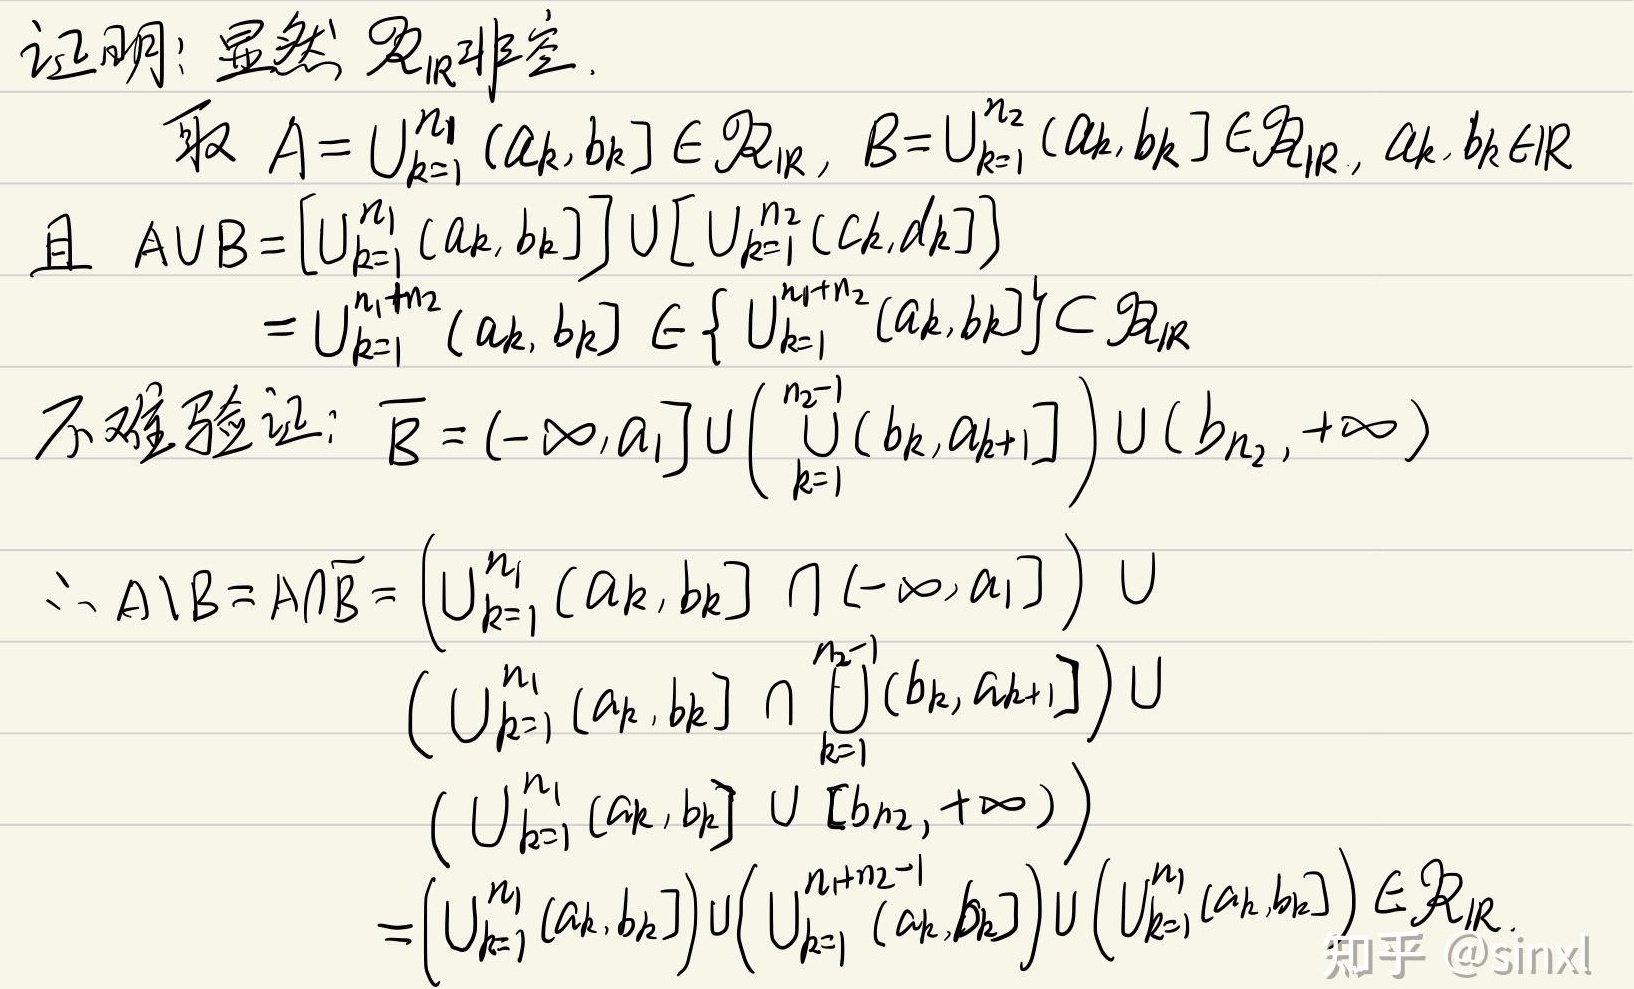
证明：显然\(\mathcal{R}_{\mathbb{R}}\)非空。取\(A = \bigcup_{k = 1}^{n_1} (a_k,b_k] \in \mathcal{R}_{\mathbb{R}}\)，\(B=\bigcup_{k = 1}^{n_2} (a_k,b_k] \in \mathcal{R}_{\mathbb{R}}\)，\(a_k,b_k \in \mathbb{R}\)且
\[
\begin{align*}
A\cup B&=\left[\bigcup_{k = 1}^{n_1} (a_k,b_k]\right]\cup\left[\bigcup_{k = 1}^{n_2} (c_k,d_k]\right]\\
&=\bigcup_{k = 1}^{n_1 + n_2} (a_k,b_k] \in \left\{\bigcup_{k = 1}^{n_1 + n_2} (a_k,b_k]\right\} \subset \mathcal{R}_{\mathbb{R}}
\end{align*}
\]
不难验证：\(\overline{B}=(-\infty,a_1]\cup\left(\bigcup_{k = 1}^{n_2 - 1} (b_k,a_{k + 1}]\right)\cup(b_{n_2},+\infty)\)
\[
\begin{align*}
\therefore A\setminus B&=A\cap\overline{B}=\left(\bigcup_{k = 1}^{n_1} (a_k,b_k] \cap (-\infty,a_1]\right)\cup\\
&\left(\bigcup_{k = 1}^{n_1} (a_k,b_k] \cap \bigcup_{k = 1}^{n_2 - 1} (b_k,a_{k + 1}]\right)\cup\\
&\left(\bigcup_{k = 1}^{n_1} (a_k,b_k] \cup [b_{n_2},+\infty)\right)\\
&=\left(\bigcup_{k = 1}^{n_1} (a_k,b_k]\right)\cup\left(\bigcup_{k = 1}^{n_1 + n_2 - 1} (a_k,b_k)\right)\cup\left(\bigcup_{k = 1}^{n_1} (a_k,b_k]\right)\in\mathcal{R}_{\mathbb{R}}
\end{align*}
\]
知乎 @sinxl